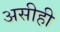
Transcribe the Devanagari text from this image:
असीही